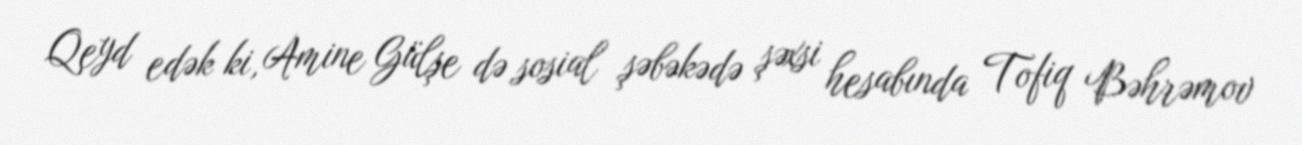
Qeyd edək ki, Amine Gülşe də sosial şəbəkədə şəxsi hesabında Tofiq Bəhrəmov